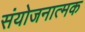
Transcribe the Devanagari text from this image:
संयोजनात्मक